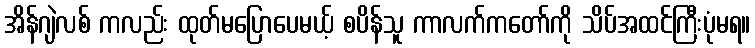
အိန်ဂျဲလစ် ကလည်း ထုတ်မပြောပေမယ့် စပိန်သူ ကာလက်ကတော်ကို သိပ်အထင်ကြီးပုံမရ။